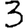
Digit: 3